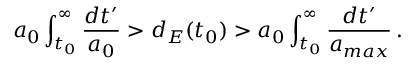
a _ { 0 } \int _ { t _ { 0 } } ^ { \infty } \frac { d t ^ { \prime } } { a _ { 0 } } > d _ { E } ( t _ { 0 } ) > a _ { 0 } \int _ { t _ { 0 } } ^ { \infty } \frac { d t ^ { \prime } } { a _ { m a x } } \, .